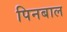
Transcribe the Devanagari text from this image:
पिनबाल